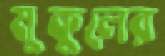
মুকুলের